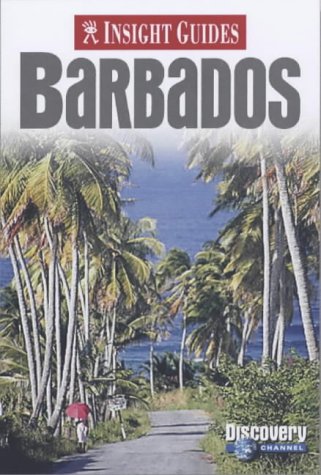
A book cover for Insight Guide Barbados (Insight Guides Barbados); Caroline Scott; Travel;